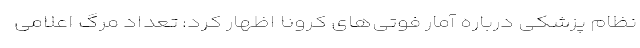
نظام پزشکی درباره آمار فوتی‌های کرونا اظهار کرد: تعداد مرگ اعلامی